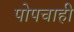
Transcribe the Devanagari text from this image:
पोपचाही